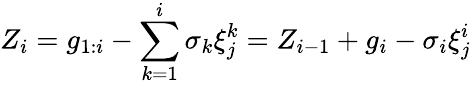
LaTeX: Z_{i}=g_{1:i}-\sum_{k=1}^{i}{\sigma_{k}\xi_{j}^{k}}=Z_{i-1}+g_{i}-\sigma_{i}\xi_{j}^{i}